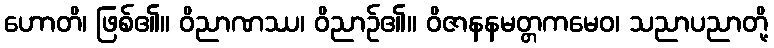
ဟောတိ၊ ဖြစ်၏။ ဝိညာဏဿ၊ ဝိညာဉ်၏။ ဝိဇာနနမတ္တကမေဝ၊ သညာပညာတို့